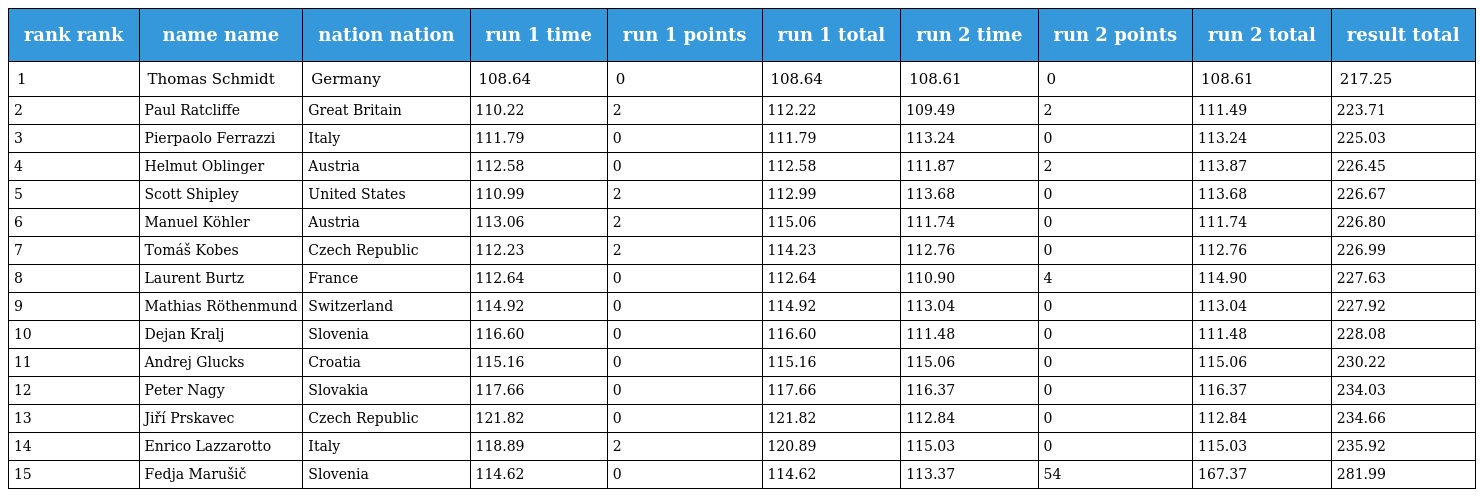
| rank rank | name name | nation nation | run 1 time | run 1 points | run 1 total | run 2 time | run 2 points | run 2 total | result total |
 | --- | --- | --- | --- | --- | --- | --- | --- | --- | --- |
 | 1 | Thomas Schmidt | Germany | 108.64 | 0 | 108.64 | 108.61 | 0 | 108.61 | 217.25 |
 | 2 | Paul Ratcliffe | Great Britain | 110.22 | 2 | 112.22 | 109.49 | 2 | 111.49 | 223.71 |
 | 3 | Pierpaolo Ferrazzi | Italy | 111.79 | 0 | 111.79 | 113.24 | 0 | 113.24 | 225.03 |
 | 4 | Helmut Oblinger | Austria | 112.58 | 0 | 112.58 | 111.87 | 2 | 113.87 | 226.45 |
 | 5 | Scott Shipley | United States | 110.99 | 2 | 112.99 | 113.68 | 0 | 113.68 | 226.67 |
 | 6 | Manuel Köhler | Austria | 113.06 | 2 | 115.06 | 111.74 | 0 | 111.74 | 226.80 |
 | 7 | Tomáš Kobes | Czech Republic | 112.23 | 2 | 114.23 | 112.76 | 0 | 112.76 | 226.99 |
 | 8 | Laurent Burtz | France | 112.64 | 0 | 112.64 | 110.90 | 4 | 114.90 | 227.63 |
 | 9 | Mathias Röthenmund | Switzerland | 114.92 | 0 | 114.92 | 113.04 | 0 | 113.04 | 227.92 |
 | 10 | Dejan Kralj | Slovenia | 116.60 | 0 | 116.60 | 111.48 | 0 | 111.48 | 228.08 |
 | 11 | Andrej Glucks | Croatia | 115.16 | 0 | 115.16 | 115.06 | 0 | 115.06 | 230.22 |
 | 12 | Peter Nagy | Slovakia | 117.66 | 0 | 117.66 | 116.37 | 0 | 116.37 | 234.03 |
 | 13 | Jiří Prskavec | Czech Republic | 121.82 | 0 | 121.82 | 112.84 | 0 | 112.84 | 234.66 |
 | 14 | Enrico Lazzarotto | Italy | 118.89 | 2 | 120.89 | 115.03 | 0 | 115.03 | 235.92 |
 | 15 | Fedja Marušič | Slovenia | 114.62 | 0 | 114.62 | 113.37 | 54 | 167.37 | 281.99 |